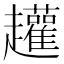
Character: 䟒